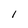
Character: 1